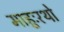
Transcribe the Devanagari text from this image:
माहुःरथो